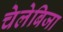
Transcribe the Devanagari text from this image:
चेलेबिजा